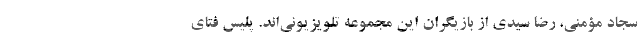
سجاد مؤمنی، رضا سیدی از بازیگران این مجموعه تلویزیونی‌اند. پلیس فتای